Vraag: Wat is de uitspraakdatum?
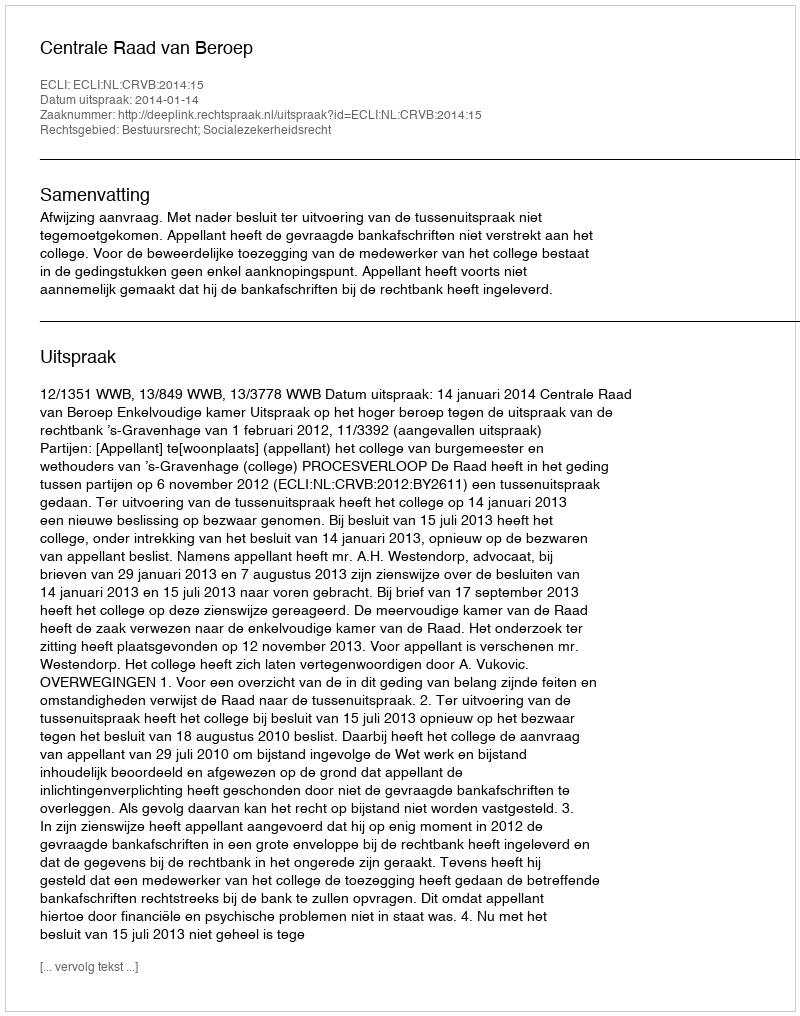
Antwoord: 2014-01-14